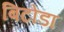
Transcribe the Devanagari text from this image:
बिटोडा